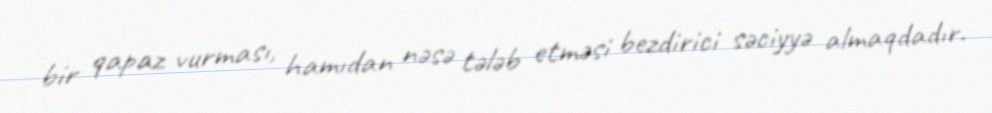
bir qapaz vurması, hamıdan nəsə tələb etməsi bezdirici səciyyə almaqdadır.